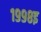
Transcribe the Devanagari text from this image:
१९९८इ